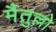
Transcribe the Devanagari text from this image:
मैतुल्लो